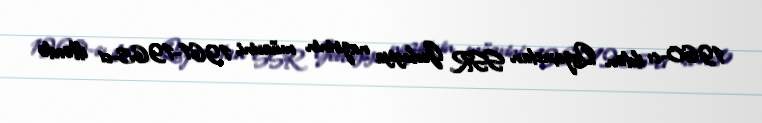
1960-cı ildən Qazaxıstan SSR Geologiya nazirinin müavini, 1961-1965-ci illərdə